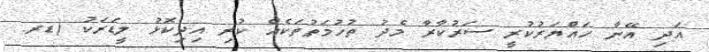
އަދި އޭނާ ހައްޔަރުކުރީ ސަރުކާރާ މެދު ތުހުމަތުތަކެއް ކުރި އިދިކޮޅު ލީޑަރަކު (ޑރ.